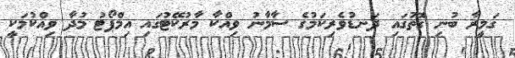
ގަމީރާ ބުނި ގޮތުގައި ދަނޑުވެރިކަމުގެ ސާމާނު ވިއްކާ މާރުކޭޓުގައި އިމްޕޯޓު މުދާ ވިއްކުމަކީ